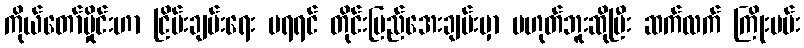
ကိုယ်တော်မှိုင်းဟာ ငြိမ်းချမ်းရေး မရရင် တိုင်းပြည်အေးချမ်းမှာ မဟုတ်ဘူးဆိုပြီး ဆက်လက် ကြိုးပမ်း